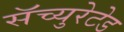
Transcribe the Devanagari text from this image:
सॅच्युरेटेड